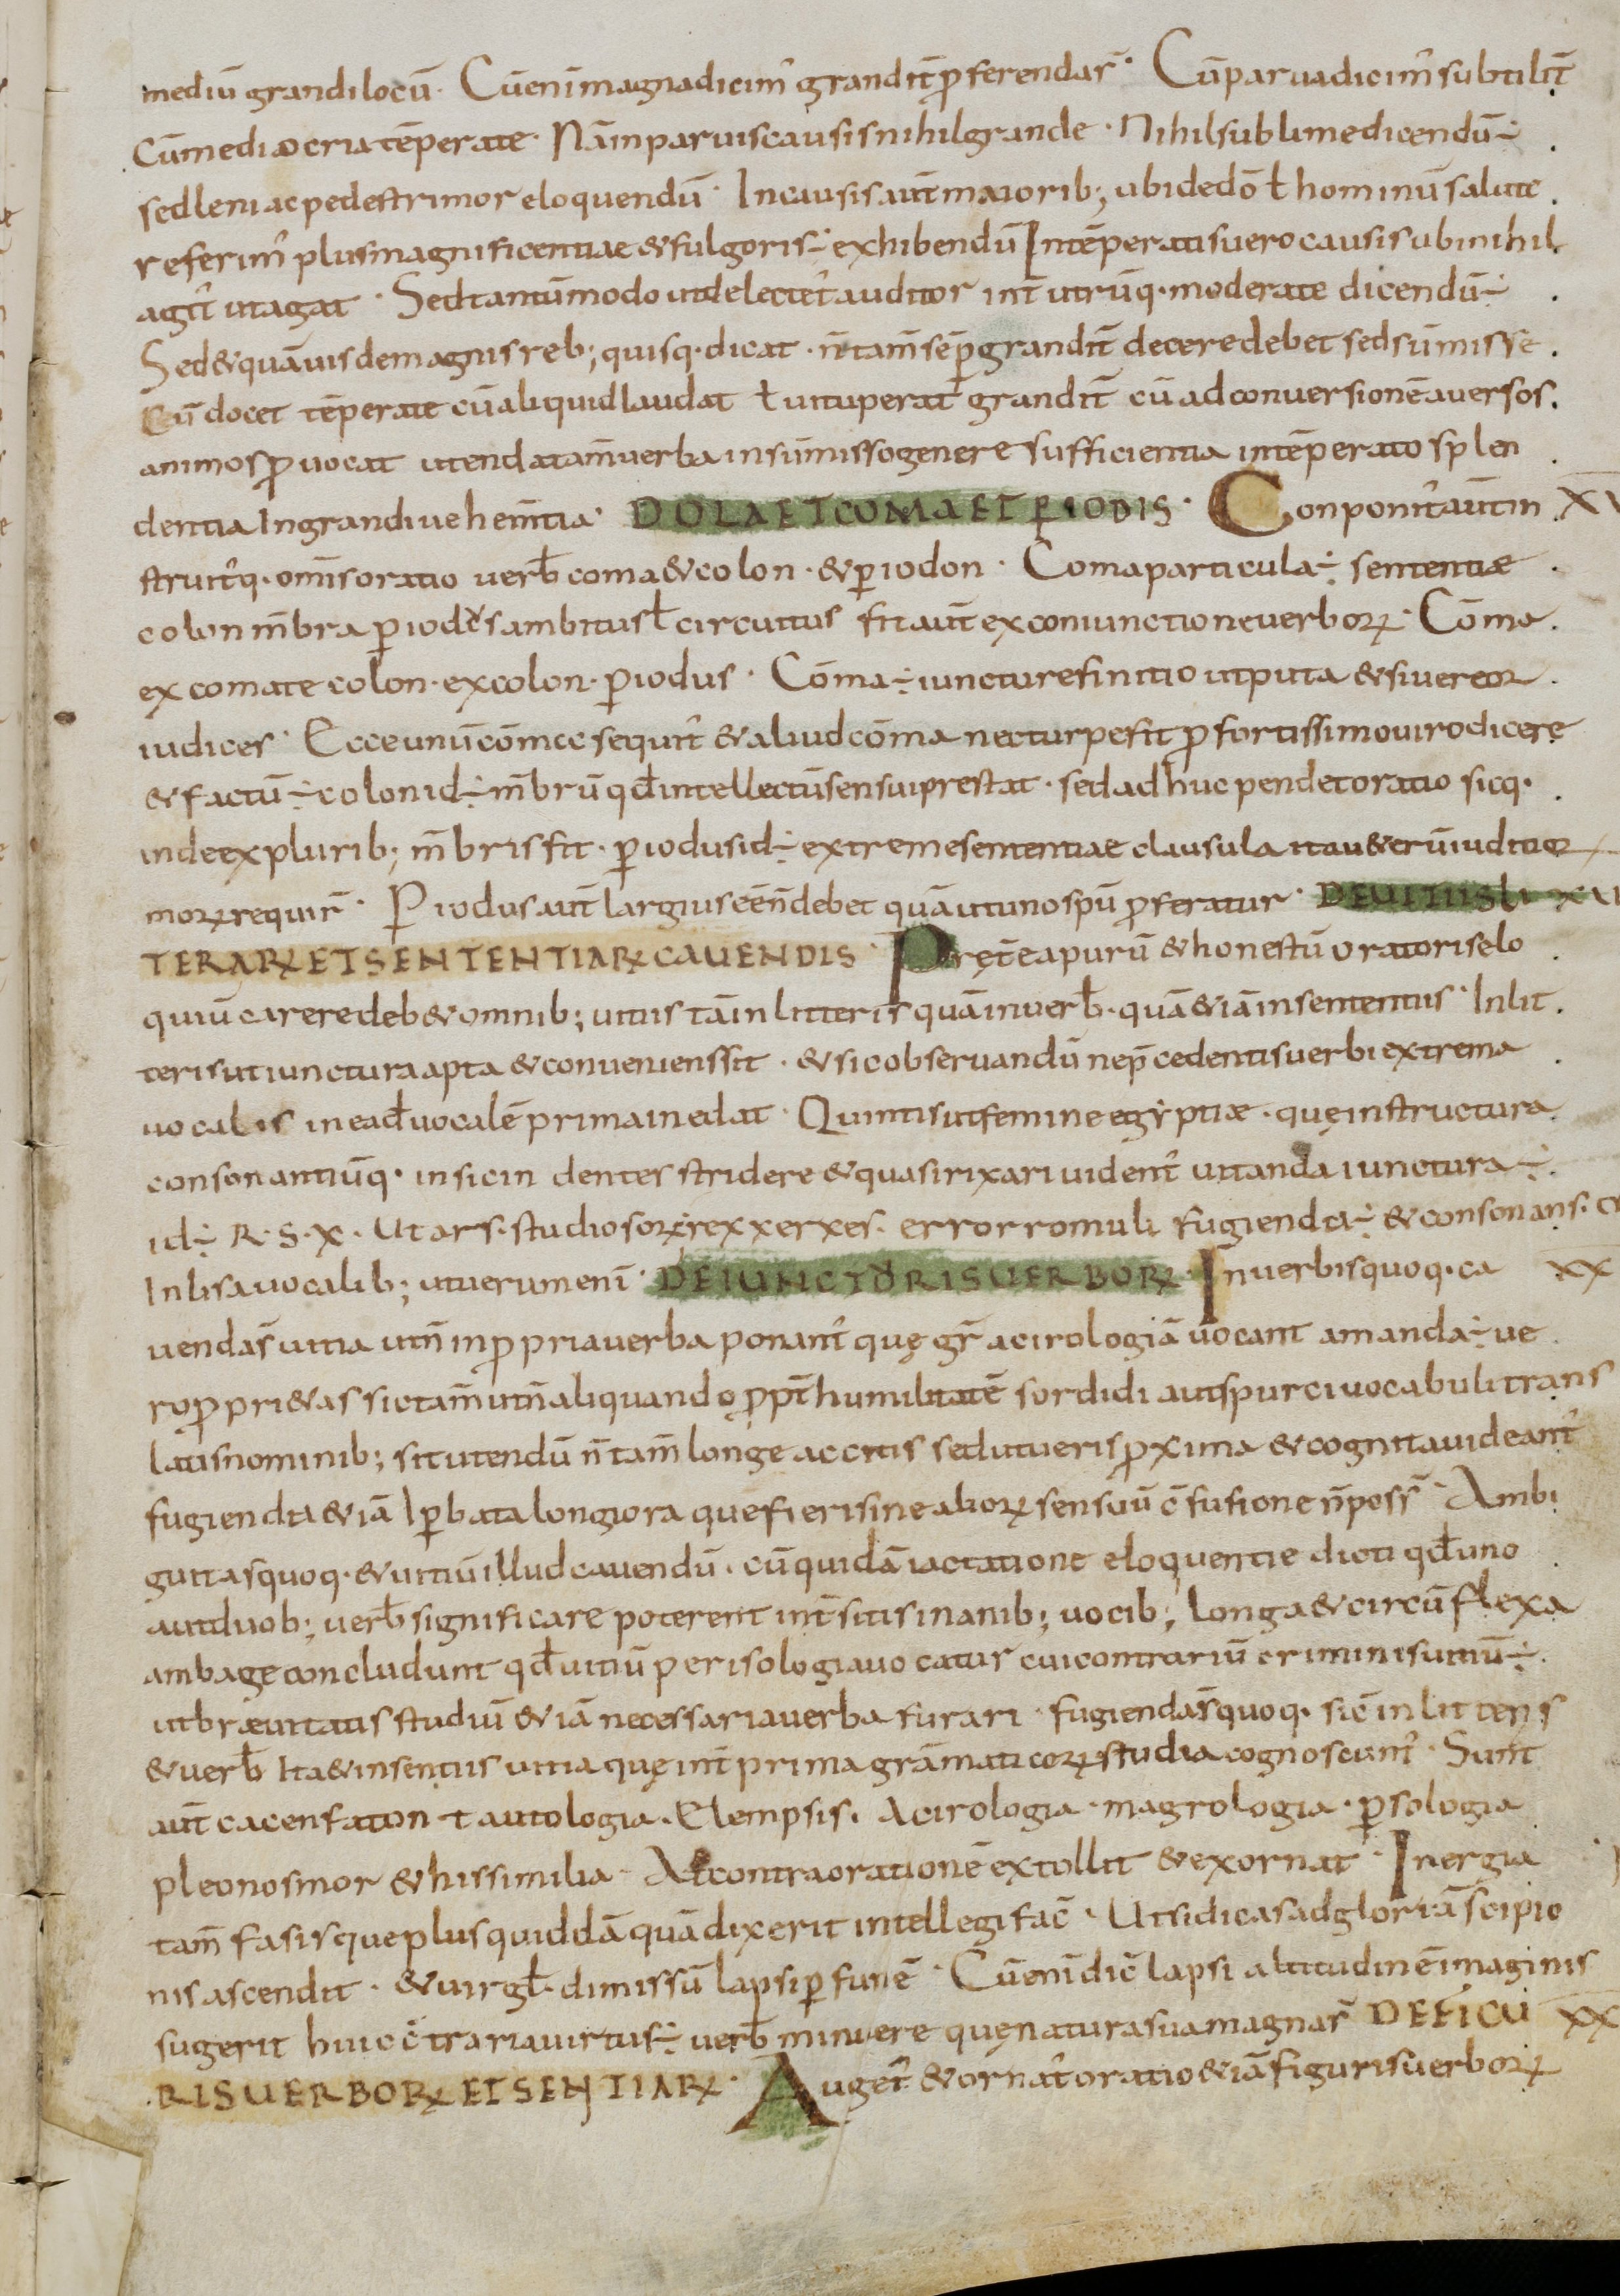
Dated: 800–899